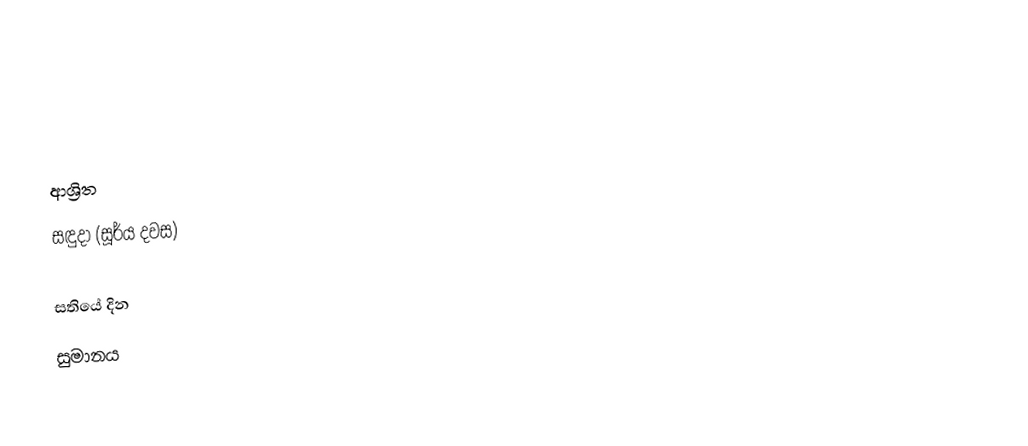

ආශ්‍රිත
 සඳුදා (සූර්ය දවස)

සතියේ දින
සුමානය